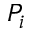
P _ { i }